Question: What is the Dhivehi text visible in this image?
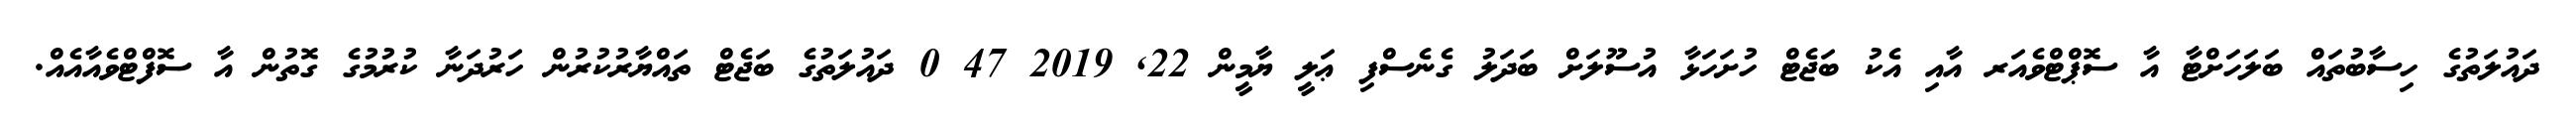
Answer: ދައުލަތުގެ ހިސާބުތައް ބަލަހަށްޓާ އާ ސޮޕްޓްވެއަރ އާއި އެކު ބަޖެޓް ހުށަހަޅާ އުސޫލަށް ބަދަލު ގެނެސްފި ޢަލީ ޔާމީން 22, 2019 47 0 ދައުލަތުގެ ބަޖެޓް ތައްޔާރުކުރުން ހަރުދަނާ ކުރުމުގެ ގޮތުން އާ ސޮފްޓްވެއާއެއް.